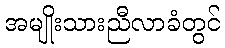
အမျိုးသားညီလာခံတွင်